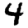
Digit: 4